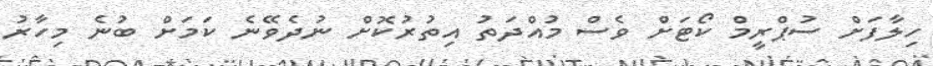
ހިލާފަށް ސުޕްރީމް ކޯޓަށް ވެސް މުއްދަތު އިތުރުކޮށް ނުދެވޭނެ ކަމަށް ބުނެ މިހާރު